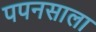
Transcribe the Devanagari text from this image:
पपनसाला